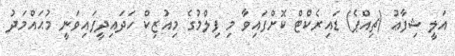
އަލީ ޝިފާޢު (ޗިއްޕެ) ޑައިރެކްޓް ކޮށްފައިވާ މި ފިލްމުގެ މިއުޒިކް ހަދައިދީފައިވަނީ މުޙައްމަދު